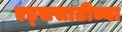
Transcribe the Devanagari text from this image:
एड्ससाठीच्या